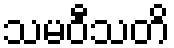
သမဝီသတိ